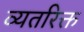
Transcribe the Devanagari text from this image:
व्यतरिक्त